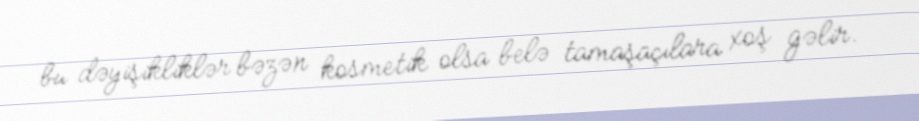
bu dəyişikliklər bəzən kosmetik olsa belə tamaşaçılara xoş gəlir.